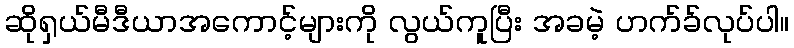
ဆိုရှယ်မီဒီယာအကောင့်များကို လွယ်ကူပြီး အခမဲ့ ဟက်ခ်လုပ်ပါ။